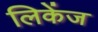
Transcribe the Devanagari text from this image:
लिकेंज